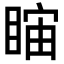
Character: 𥇻